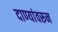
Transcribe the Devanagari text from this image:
दाण्यांवरून